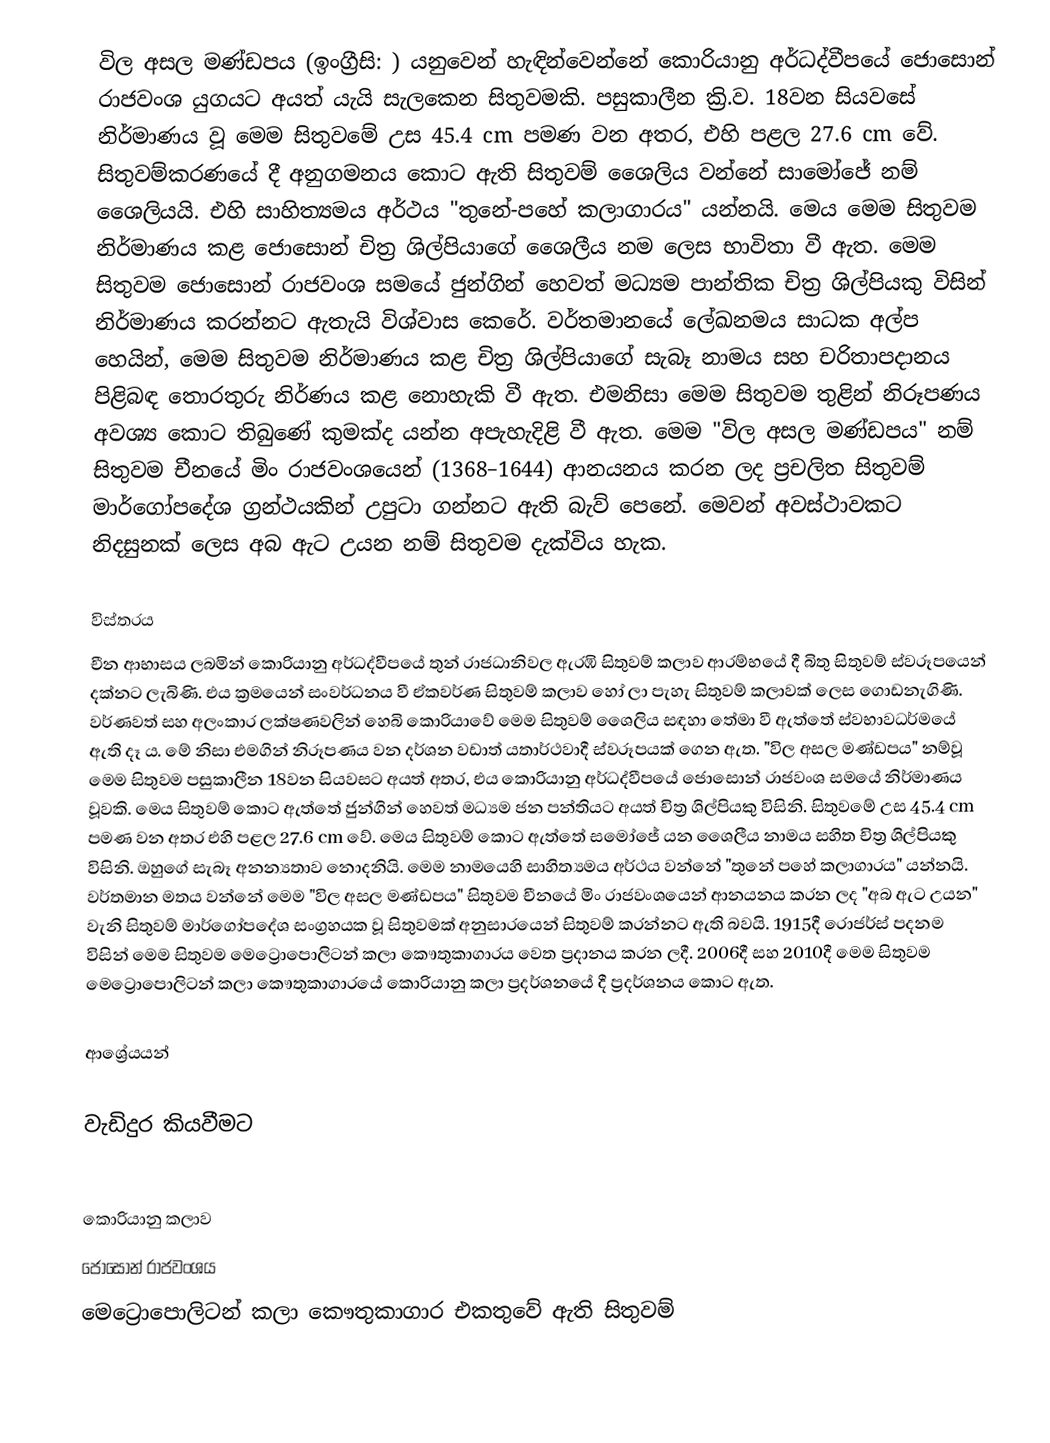
විල අසල මණ්ඩපය (ඉංග්‍රීසි: ) යනුවෙන් හැඳින්වෙන්නේ කොරියානු අර්ධද්වීපයේ ජොසොන් රාජවංශ යුගයට අයත් යැයි සැලකෙන සිතුවමකි. පසුකාලීන ක්‍රි.ව. 18වන සියවසේ නිර්මාණය වූ මෙම සිතුවමේ උස 45.4 cm පමණ වන අතර, එහි පළල 27.6 cm වේ. සිතුවම්කරණයේ දී අනුගමනය කොට ඇති සිතුවම් ශෛලිය වන්නේ සාමෝජේ නම් ශෛලියයි. එහි සාහිත්‍යමය අර්ථය "තුනේ-පහේ කලාගාරය" යන්නයි. මෙය මෙම සිතුවම නිර්මාණය කළ ජොසොන් චිත්‍ර ශිල්පියාගේ ශෛලීය නම ලෙස භාවිතා වී ඇත. මෙම සිතුවම ජොසොන් රාජවංශ සමයේ ජුන්ගින් හෙවත් මධ්‍යම පාන්තික චිත්‍ර ශිල්පියකු විසින් නිර්මාණය කරන්නට ඇතැයි විශ්වාස කෙරේ. වර්තමානයේ ලේඛනමය සාධක අල්ප හෙයින්, මෙම සිතුවම නිර්මාණය කළ චිත්‍ර ශිල්පියාගේ සැබෑ නාමය සහ චරිතාපදානය පිළිබඳ තොරතුරු නිර්ණය කළ නොහැකි වී ඇත. එමනිසා මෙම සිතුවම තුළින් නිරූපණය අවශ්‍ය කොට තිබුණේ කුමක්ද යන්න අපැහැදිළි වී ඇත. මෙම "විල අසල මණ්ඩපය" නම් සිතුවම චීනයේ මිං රාජවංශයෙන් (1368–1644) ආනයනය කරන ලද ප්‍රචලිත සිතුවම් මාර්ගෝපදේශ ග්‍රන්ථයකින් උපුටා ගන්නට ඇති බැව් පෙනේ. මෙවන් අවස්ථාවකට නිදසුනක් ලෙස අබ ඇට උයන නම් සිතුවම දැක්විය හැක.

විස්තරය
චීන ආභාසය ලබමින් කොරියානු අර්ධද්වීපයේ තුන් රාජධානිවල ඇරඹි සිතුවම් කලාව ආරම්භයේ දී බිතු සිතුවම් ස්වරූපයෙන් දක්නට ලැබිණි. එය ක්‍රමයෙන් සංවර්ධනය වී ඒකවර්ණ සිතුවම් කලාව හෝ ලා පැහැ සිතුවම් කලාවක් ලෙස ගොඩනැගිණි. වර්ණවත් සහ අලංකාර ලක්ෂණවලින් හෙබි කොරියාවේ මෙම සිතුවම් ශෛලිය සඳහා තේමා වී ඇත්තේ ස්වභාවධර්මයේ ඇති දෑ ය. මේ නිසා එමගින් නිරූපණය වන දර්ශන වඩාත් යතාර්ථවාදී ස්වරූපයක් ගෙන ඇත.  "‍විල අසල මණ්ඩපය" නම්වූ මෙම සිතුවම පසුකාලීන 18වන සියවසට අයත් අතර, එය කොරියානු අර්ධද්වීපයේ ජොසොන් රාජවංශ සමයේ නිර්මාණය වූවකි. මෙය සිතුවම් කොට ඇත්තේ ජුන්ගින් හෙවත් මධ්‍යම ජන පන්තියට අයත් චිත්‍ර ශිල්පියකු විසිනි. සිතුවමේ උස 45.4 cm පමණ වන අතර එහි පළල 27.6 cm වේ. මෙය සිතුවම් කොට ඇත්තේ සමෝජේ යන ශෛලීය නාමය සහිත චිත්‍ර ශිල්පියකු විසිනි. ඔහුගේ සැබෑ අනන්‍යතාව නොදනියි. මෙම නාමයෙහි සාහිත්‍යමය අර්ථය වන්නේ "තුනේ පහේ කලාගාරය" යන්නයි. වර්තමාන මතය වන්නේ මෙම "විල අසල මණ්ඩපය" සිතුවම චීනයේ මිං රාජවංශයෙන් ආනයනය කරන ලද "අබ ඇට උයන" වැනි සිතුවම් මාර්ගෝප‍දේශ සංග්‍රහයක වූ සිතුවමක් අනුසාරයෙන් සිතුවම් කරන්නට ඇති බවයි. 1915දී රොජර්ස් පදනම විසින් මෙම සිතුවම මෙට්‍රොපොලිටන් කලා කෞතුකාගාරය වෙත ප්‍රදානය කරන ලදී. 2006දී සහ 2010දී මෙම සිතුවම මෙට්‍රොපොලිටන් කලා කෞතුකාගාරයේ කොරියානු කලා ප්‍රදර්ශනයේ දී ප්‍රදර්ශනය කොට ඇත.

ආශ්‍රේයයන්

වැඩිදුර කියවීමට

කොරියානු කලාව
ජොසොන් රාජවංශය
මෙට්‍රොපොලිටන් කලා කෞතුකාගාර එකතුවේ ඇති සිතුවම්